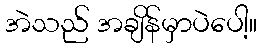
အဲသည် အချိန်မှာပဲပေါ့။